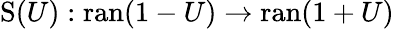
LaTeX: \operatorname{S}(U):\operatorname{ran}(1-U)\to\operatorname{ran}(1+U)